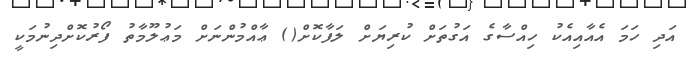
އަދި ހަމަ އެއާއިއެކު ހިއްސާގެ އަގުތަށް ކުރިޔަށް ލަފާކޮށް() ޢާއްމުންނަށް މަޢުލޫމާތު ފޯރުކޮށްދިނުމަކީ